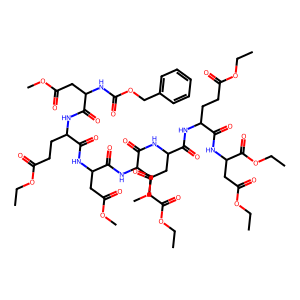
SMILES: CCOC(=O)CCC(NC(=O)C(CC(=O)OC)NC(=O)OCc1ccccc1)C(=O)NC(CC(=O)OC)C(=O)NC(CCC(=O)OCC)C(=O)NC(CC(=O)OC)C(=O)NC(CCC(=O)OCC)C(=O)NC(CC(=O)OCC)C(=O)OCC
Inhibits HIV replication: No